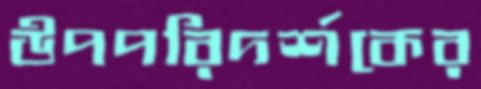
উপপরিদর্শকের